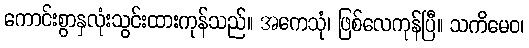
ကောင်းစွာနှလုံးသွင်းထားကုန်သည်။ အကေသုံ၊ ဖြစ်လေကုန်ပြီ။ သကိမေဝ၊